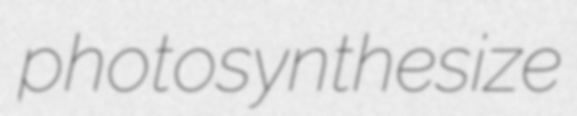
photosynthesize